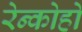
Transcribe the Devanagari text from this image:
रेन्कोहो